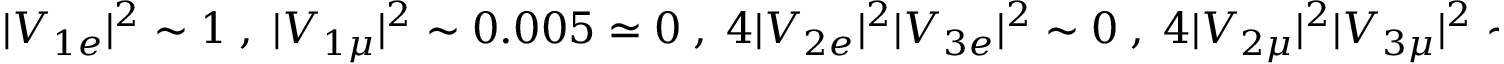
| V _ { 1 e } | ^ { 2 } \sim 1 \; , \; | V _ { 1 \mu } | ^ { 2 } \sim 0 . 0 0 5 \simeq 0 \; , \; 4 | V _ { 2 e } | ^ { 2 } | V _ { 3 e } | ^ { 2 } \sim 0 \; , \; 4 | V _ { 2 \mu } | ^ { 2 } | V _ { 3 \mu } | ^ { 2 } \sim 1